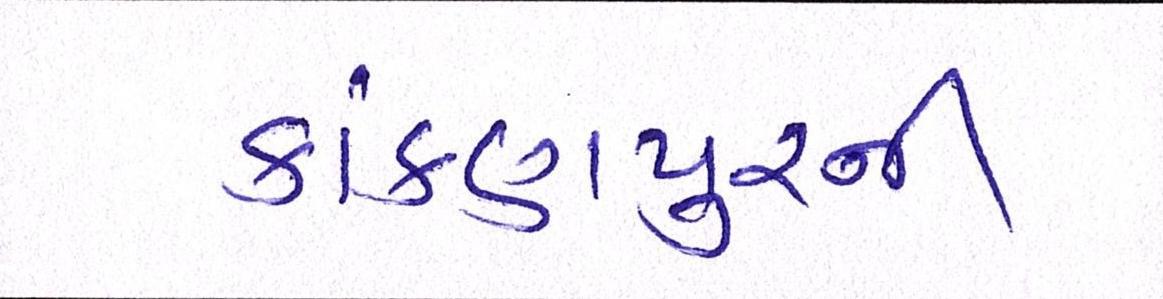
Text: કાંકણપુરની